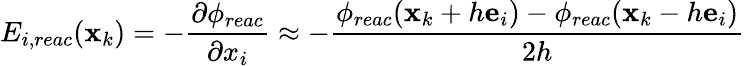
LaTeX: {E}_{i,reac}(\mathbf{x}_{k})=-\frac{\partial\phi_{reac}}{\partial x_{i}}\approx-\frac{\phi_{reac}(\mathbf{x}_{k}+h\mathbf{e}_{i})-\phi_{reac}(\mathbf{x}_{k}-h\mathbf{e}_{i})}{2h}